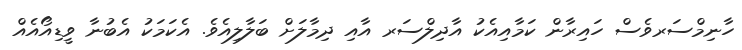
ހާނިމްސަރވެސް ހައިރާން ކަމާއިއެކު އާދިލްސަރ އާއި ދިމާލަށް ބަލާލިއެވެ. އެކަމަކު އެބުނާ ވީޑިއޯއެއް